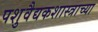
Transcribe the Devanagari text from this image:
पशुवैद्यकशास्त्राच्या